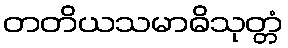
တတိယသမာဓိသုတ္တံ